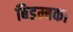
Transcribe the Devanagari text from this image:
बिडम्बका